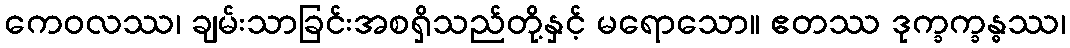
ကေဝလဿ၊ ချမ်းသာခြင်းအစရှိသည်တို့နှင့် မရောသော။ ဧတဿ ဒုက္ခက္ခန္ဓဿ၊